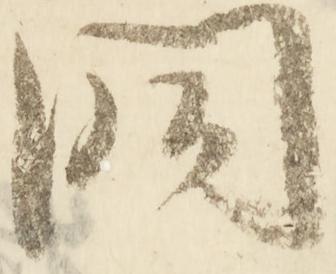
洞